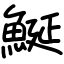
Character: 鯅